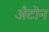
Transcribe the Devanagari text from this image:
अँटोन